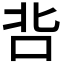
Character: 𭇑